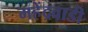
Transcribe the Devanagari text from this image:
महेंद्रवाडी